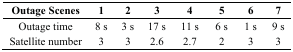
| Outage Scenes | 1 | 2 | 3 | 4 | 5 | 6 | 7 |
 | --- | --- | --- | --- | --- | --- | --- | --- |
 | Outage time | 8 s | 3 s | 17 s | 11 s | 6 s | 1 s | 9 s |
 | Satellite number | 3 | 3 | 2.6 | 2.7 | 2 | 3 | 3 |